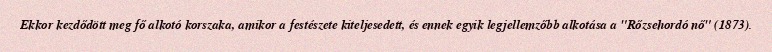
Ekkor kezdődött meg fő alkotó korszaka, amikor a festészete kiteljesedett, és ennek egyik legjellemzőbb alkotása a "Rőzsehordó nő" (1873).